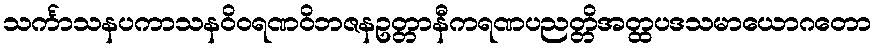
သင်္ကာသနပကာသနဝိဝရဏဝိဘဇနဥတ္တာနီကရဏပညတ္တိအတ္ထပဒသမာယောဂတော